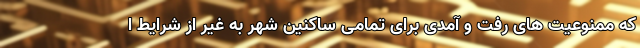
که ممنوعیت های رفت و آمدی برای تمامی ساکنین شهر به غیر از شرایط ا